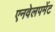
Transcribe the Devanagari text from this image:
एनवेलपमेंट